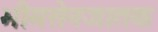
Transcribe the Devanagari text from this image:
भीमसेनजातक